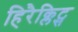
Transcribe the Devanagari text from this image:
हिरैक्लिट्स